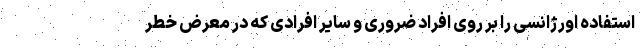
استفاده اورژانسی را بر روی افراد ضروری و سایر افرادی که در معرض خطر